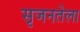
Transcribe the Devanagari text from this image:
सृजनतेला